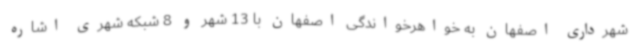
شهرداری اصفهان به خواهرخواندگی اصفهان با 13 شهر و 8 شبکه شهری اشاره